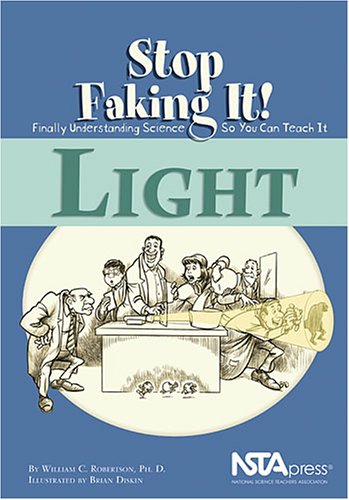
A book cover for Light (Stop Faking It! Finally Understanding Science So You Can Teach It series); William C. Robertson; Science & Math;